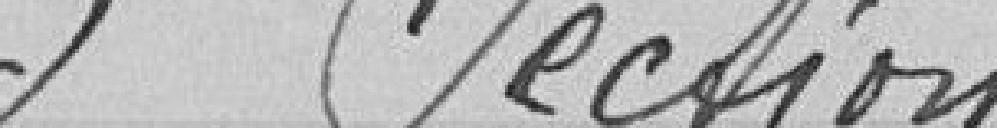
Les taxes d'octroi sur les consommations ont été renou-